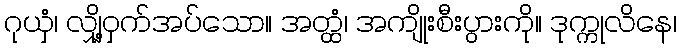
ဂုယှံ၊ လျှို့ဝှက်အပ်သော။ အတ္ထံ၊ အကျိုးစီးပွားကို။ ဒုက္ကုလိနေ၊